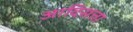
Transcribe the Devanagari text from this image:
आदिसत्ता